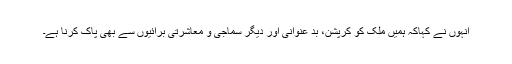
انہوں نے کہاکہ ہمیں ملک کو کرپشن، بد عنوانی اور دیگر سماجی و معاشرتی برائیوں سے بھی پاک کرنا ہے۔